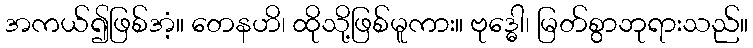
အကယ်၍ဖြစ်အံ့။ တေနဟိ၊ ထိုသို့ဖြစ်မူကား။ ဗုဒ္ဓေါ၊ မြတ်စွာဘုရားသည်။